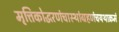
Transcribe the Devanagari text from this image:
मृत्तिकोद्धरणंचास्थांग्रहणंचयथाक्रमं